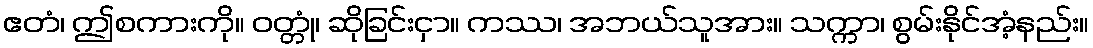
ဧတံ၊ ဤစကားကို။ ဝတ္တုံ၊ ဆိုခြင်းငှာ။ ကဿ၊ အဘယ်သူအား။ သက္ကာ၊ စွမ်းနိုင်အံ့နည်း။